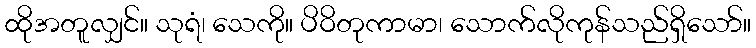
ထိုအတူလျှင်။ သုရံ၊ သေကို။ ပိဝိတုကာမာ၊ သောက်လိုကုန်သည်ရှိသော်။